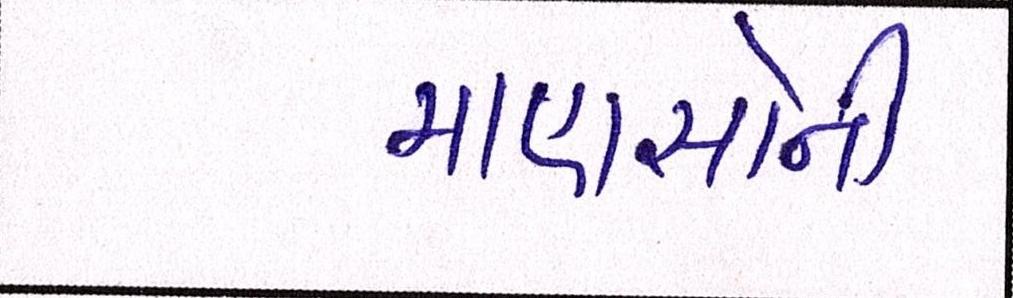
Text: માણસોની